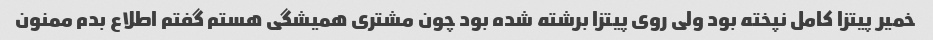
خمیر پیتزا کامل نپخته بود ولی روی پیتزا برشته شده بود چون مشتری همیشگی هستم گفتم اطلاع بدم ممنون